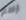
أراهم